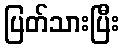
ပြတ်သားပြီး